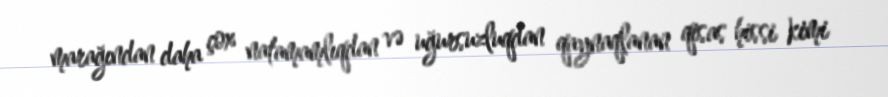
marağından daha çox natamamlıqdan və uğursuzluqdan qaynaqlanan qisas hissi kimi